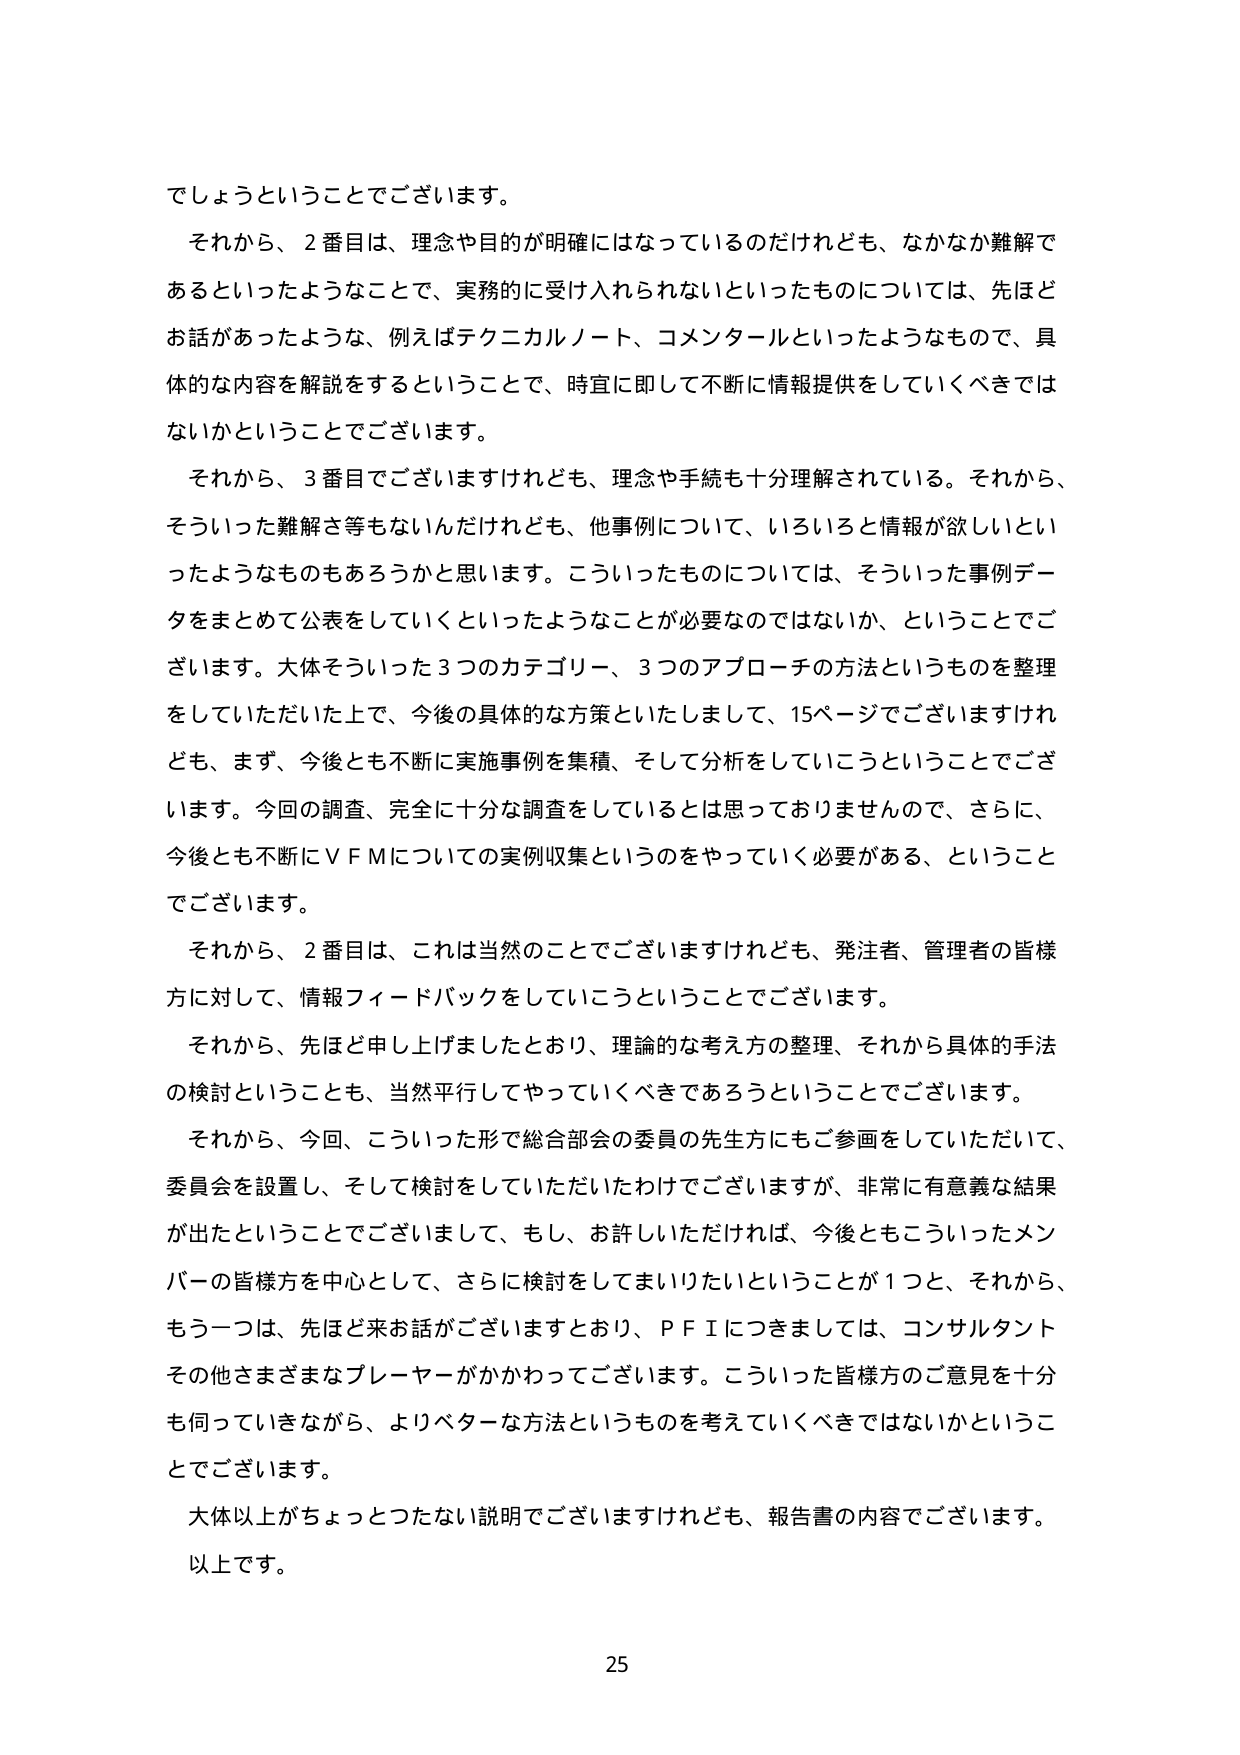
でしょうということでございます。

それから、2番目は、理念や目的が明確にはなっているのだけれども、なかなか難解であるといったようなことで、実務的に受け入れられないといったものについては、先ほどお話があったような、例えばテクニカルノート、コメンタールといったようなもので、具体的な内容を解説をするということで、時宜に即して不断に情報提供をしていくべきではないかということでございます。

それから、3番目でございますけれども、理念や手続も十分理解されている。それから、そういった難解さ等もないんだけれども、他事例について、いろいろと情報が欲しいといったようなものもあろうかと思います。こういったものについては、そういった事例データをまとめて公表をしていくといったようなことが必要なのではないか、ということでございます。大体そういった3つのカテゴリー、3つのアプローチの方法というものを整理をしていただいた上で、今後の具体的な方策といたしまして、15ページでございますけれども、まず、今後とも不断に実施事例を集積、そして分析をしていこうということでございます。今回の調査、完全に十分な調査をしているとは思っておりませんので、さらに、今後とも不断にVFMについての実例収集というのをやっていく必要がある、ということでございます。

それから、2番目は、これは当然のことでございますけれども、発注者、管理者の皆様方に対して、情報フィードバックをしていこうということでございます。

それから、先ほど申し上げましたとおり、理論的な考え方の整理、それから具体的手法の検討ということも、当然平行してやっていくべきであろうということでございます。

それから、今回、こういった形で総合部会の委員の先生方にもご参画をしていただいて、委員会を設置し、そして検討をしていただいたわけでございますが、非常に有意義な結果が出たということでございまして、もし、お許しいただければ、今後ともこういったメンバーの皆様方を中心として、さらに検討をしてまいりたいということが1つと、それから、もう一つは、先ほど来お話がございますとおり、PFIにつきましては、コンサルタントその他さまざまなプレーヤーがかかわってございます。こういった皆様方のご意見を十分も伺っていきながら、よりベターな方法というものを考えていくべきではないかということでございます。

大体以上がちょっとつたない説明でございますけれども、報告書の内容でございます。

以上です。

25